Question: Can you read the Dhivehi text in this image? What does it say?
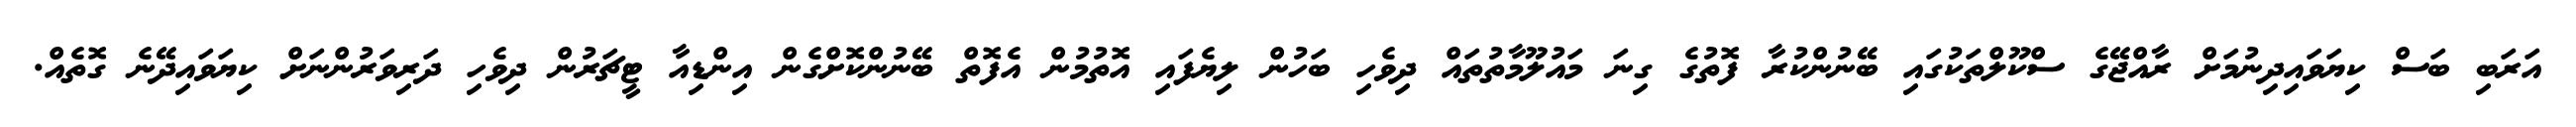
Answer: އަރަބި ބަސް ކިޔަވައިދިނުމަށް ރާއްޖޭގެ ސްކޫލްތަކުގައި ބޭނުންކުރާ ފޮތުގެ ގިނަ މައުލޫމާތުތައް ދިވެހި ބަހުން ލިޔެފައި އޮތުމުން އެފޮތް ބޭނުންކޮށްގެން އިންޑިއާ ޓީޗަރުން ދިވެހި ދަރިވަރުންނަށް ކިޔަވައިދޭނެ ގޮތެއް.